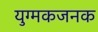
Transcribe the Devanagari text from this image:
युग्मकजनक